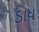
ડાધ